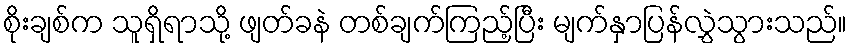
စိုးချစ်က သူရှိရာသို့ ဖျတ်ခနဲ တစ်ချက်ကြည့်ပြီး မျက်နှာပြန်လွှဲသွားသည်။